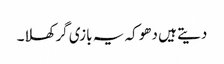
دیتے ہیں دھوکہ یہ بازی گر کھلا۔